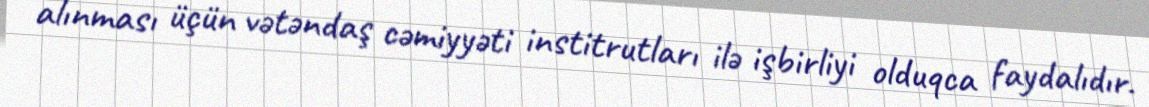
alınması üçün vətəndaş cəmiyyəti institrutları ilə işbirliyi olduqca faydalıdır.